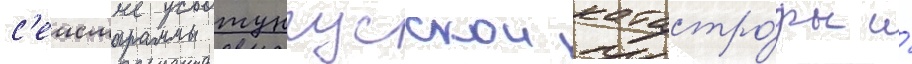
с'еисмограммы тунгусскои катастро́фы и́